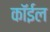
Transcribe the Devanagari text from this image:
कॉईल